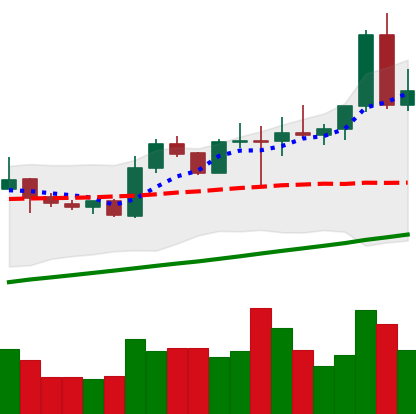
Ticker: NEO-USD
Chart end date: 2020-08-03
Forward return: 5.253%
Label: up_5_7